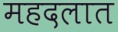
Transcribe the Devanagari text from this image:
महदलात